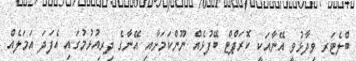
ބްލެޓަރ ވިދާޅުވީ އޭނާއަކީ ކޮރަޕްޓް ބޭފުޅެއް ނޫންކަމަށާއި އޭނާގެ ދިރިއުޅުމުގައި އެފަދަ އަމަލެއް